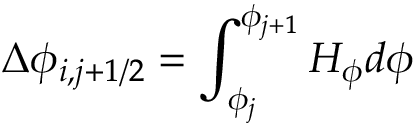
\displaystyle \Delta \phi _ { i , j + 1 / 2 } = \int _ { \phi _ { j } } ^ { \phi _ { j + 1 } } H _ { \phi } d \phi